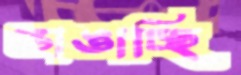
ভাঙাচ্ছি